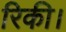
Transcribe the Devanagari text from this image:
रिकी।